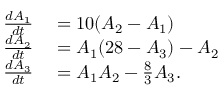
\begin{array} { r l } { \frac { d A _ { 1 } } { d t } } & { { } = 1 0 ( A _ { 2 } - A _ { 1 } ) } \\ { \frac { d A _ { 2 } } { d t } } & { { } = A _ { 1 } ( 2 8 - A _ { 3 } ) - A _ { 2 } } \\ { \frac { d A _ { 3 } } { d t } } & { { } = A _ { 1 } A _ { 2 } - \frac { 8 } { 3 } A _ { 3 } . } \end{array}